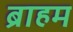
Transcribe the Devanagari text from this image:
ब्राहम